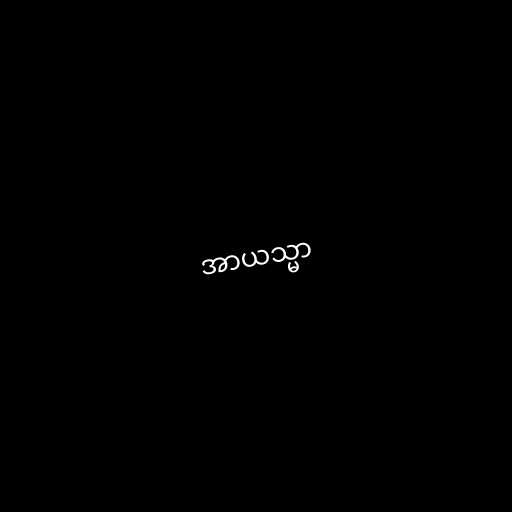
အာယသ္မာ